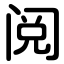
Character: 阅